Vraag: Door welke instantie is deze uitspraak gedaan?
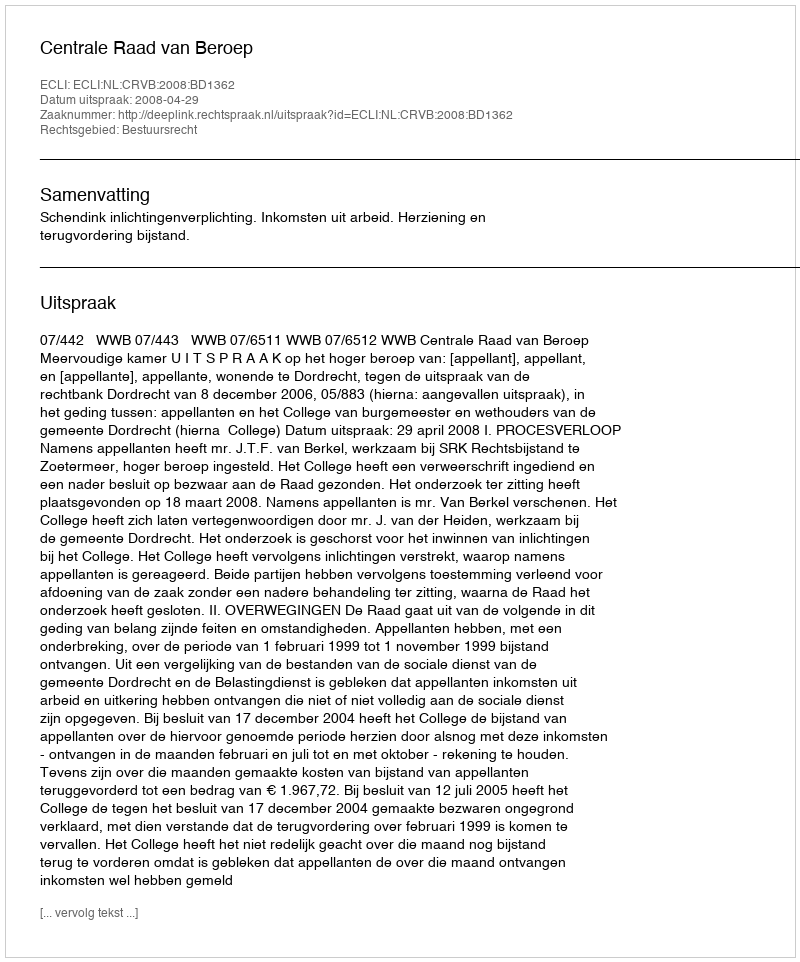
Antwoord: Centrale Raad van Beroep